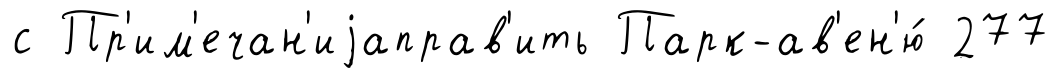
с Пр'им'ечан'иjаправ'ить Парк-ав'ен'ю́ 277